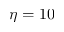
\eta = 1 0